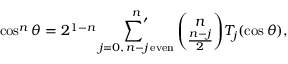
\cos ^ { n } \theta = 2 ^ { 1 - n } \mathop { { \sum } ^ { \prime } } _ { j = 0 , \, n - j \, \mathrm { e v e n } } ^ { n } { \binom { n } { \frac { n - j } { 2 } } } T _ { j } ( \cos \theta ) ,